Annual report of the Punjab Veterinary College and of the Civil Veterinary Department, Punjab - 1920-1925
Year: 1920
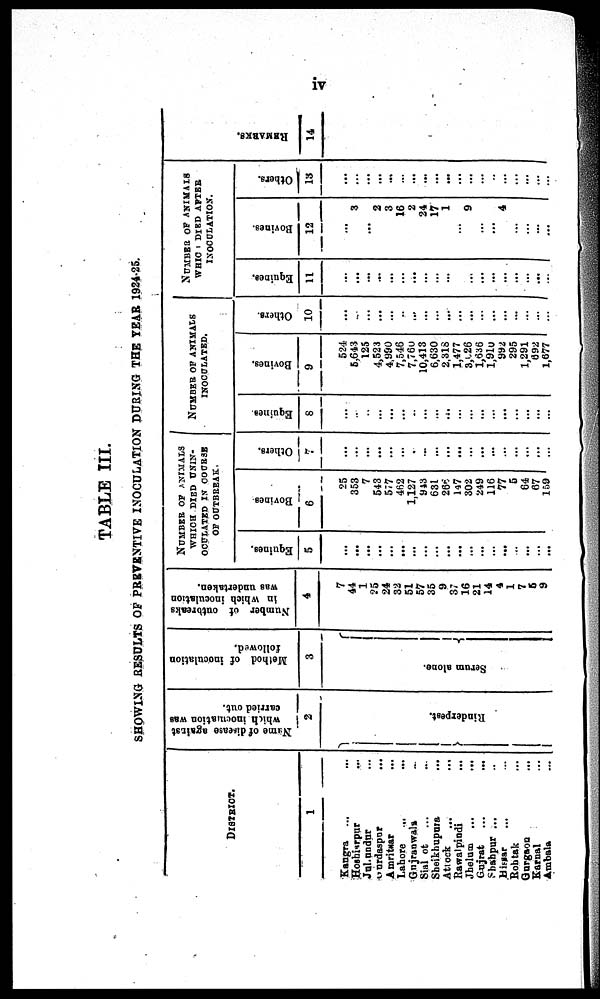
iv
TABLE III.
SHOWING RESULTS OF PREVENTIVE INOCULATION DURING THE YEAR 1924-25.
DISTRICT.
1
Kangra ... ...
Hoshiarpur ...
Jullundur ...
Gurdaspur
...
Amritsar ...
Lahore
...
...
Gujranwala ...
Sial ot ... ...
Sheikhupura ...
Attock
...
...
Rawalpindi ...
Jhelum ...
...
Gujrat
...
...
Shahpur ... ...
Hissar ... ...
Rohtak ...
Gurgaon ...
Karnal ...
Ambala ...
Name of disease against
which inoculation was
carried out.
2
Ri nder pes t
.
Method of inoculation
followed.
3
Se r
um alone.
Number of outbreaks
in which inoculation
was undertaken.
4
7
44
1
25
24
32
51
57
35
9
37
16
21
14
4
1
7
5
9
NUMBER OF ANIMALS
WHICH DIED UNIN-
OCULATED IN COURSE
OF OUTBREAK.
Equines.
5
...
...
...
...
...
...
...
...
...
...
...
...
...
...
...
...
...
...
...
Bovines.
6
25
353
7
543
577
462
1,127
943
631
266
147
302
249
116
77
5
64
67
159
Others.
7
...
...
...
...
...
...
...
...
...
...
...
...
...
...
...
...
...
...
...
NUMBER OF ANIMALS
INOCULATED.
Equines.
8
...
...
...
...
...
...
...
...
...
...
...
...
...
...
...
...
...
...
...
Bovines.
9
524
5,643
125
4,523
4,990
7,546
7,760
10,413
6,630
2,318
1,477
3,026
1,636
1,910
992
295
1,291
692
1,677
Others.
10
...
...
...
...
...
...
...
...
...
...
...
...
...
...
...
...
...
...
...
NUMBER OF ANIMALS
WHICH DIED AFTER
INOCULATION.
Equines.
11
...
...
...
...
...
...
...
...
...
...
...
...
...
...
...
...
...
...
...
Bovines.
12
...
3
... 2
3
16
2
24
17
1
...
9
...
...
4
...
...
...
...
Others.
13
...
...
...
...
...
...
...
...
...
...
...
...
...
...
...
...
...
... ...
REMARKS .
14